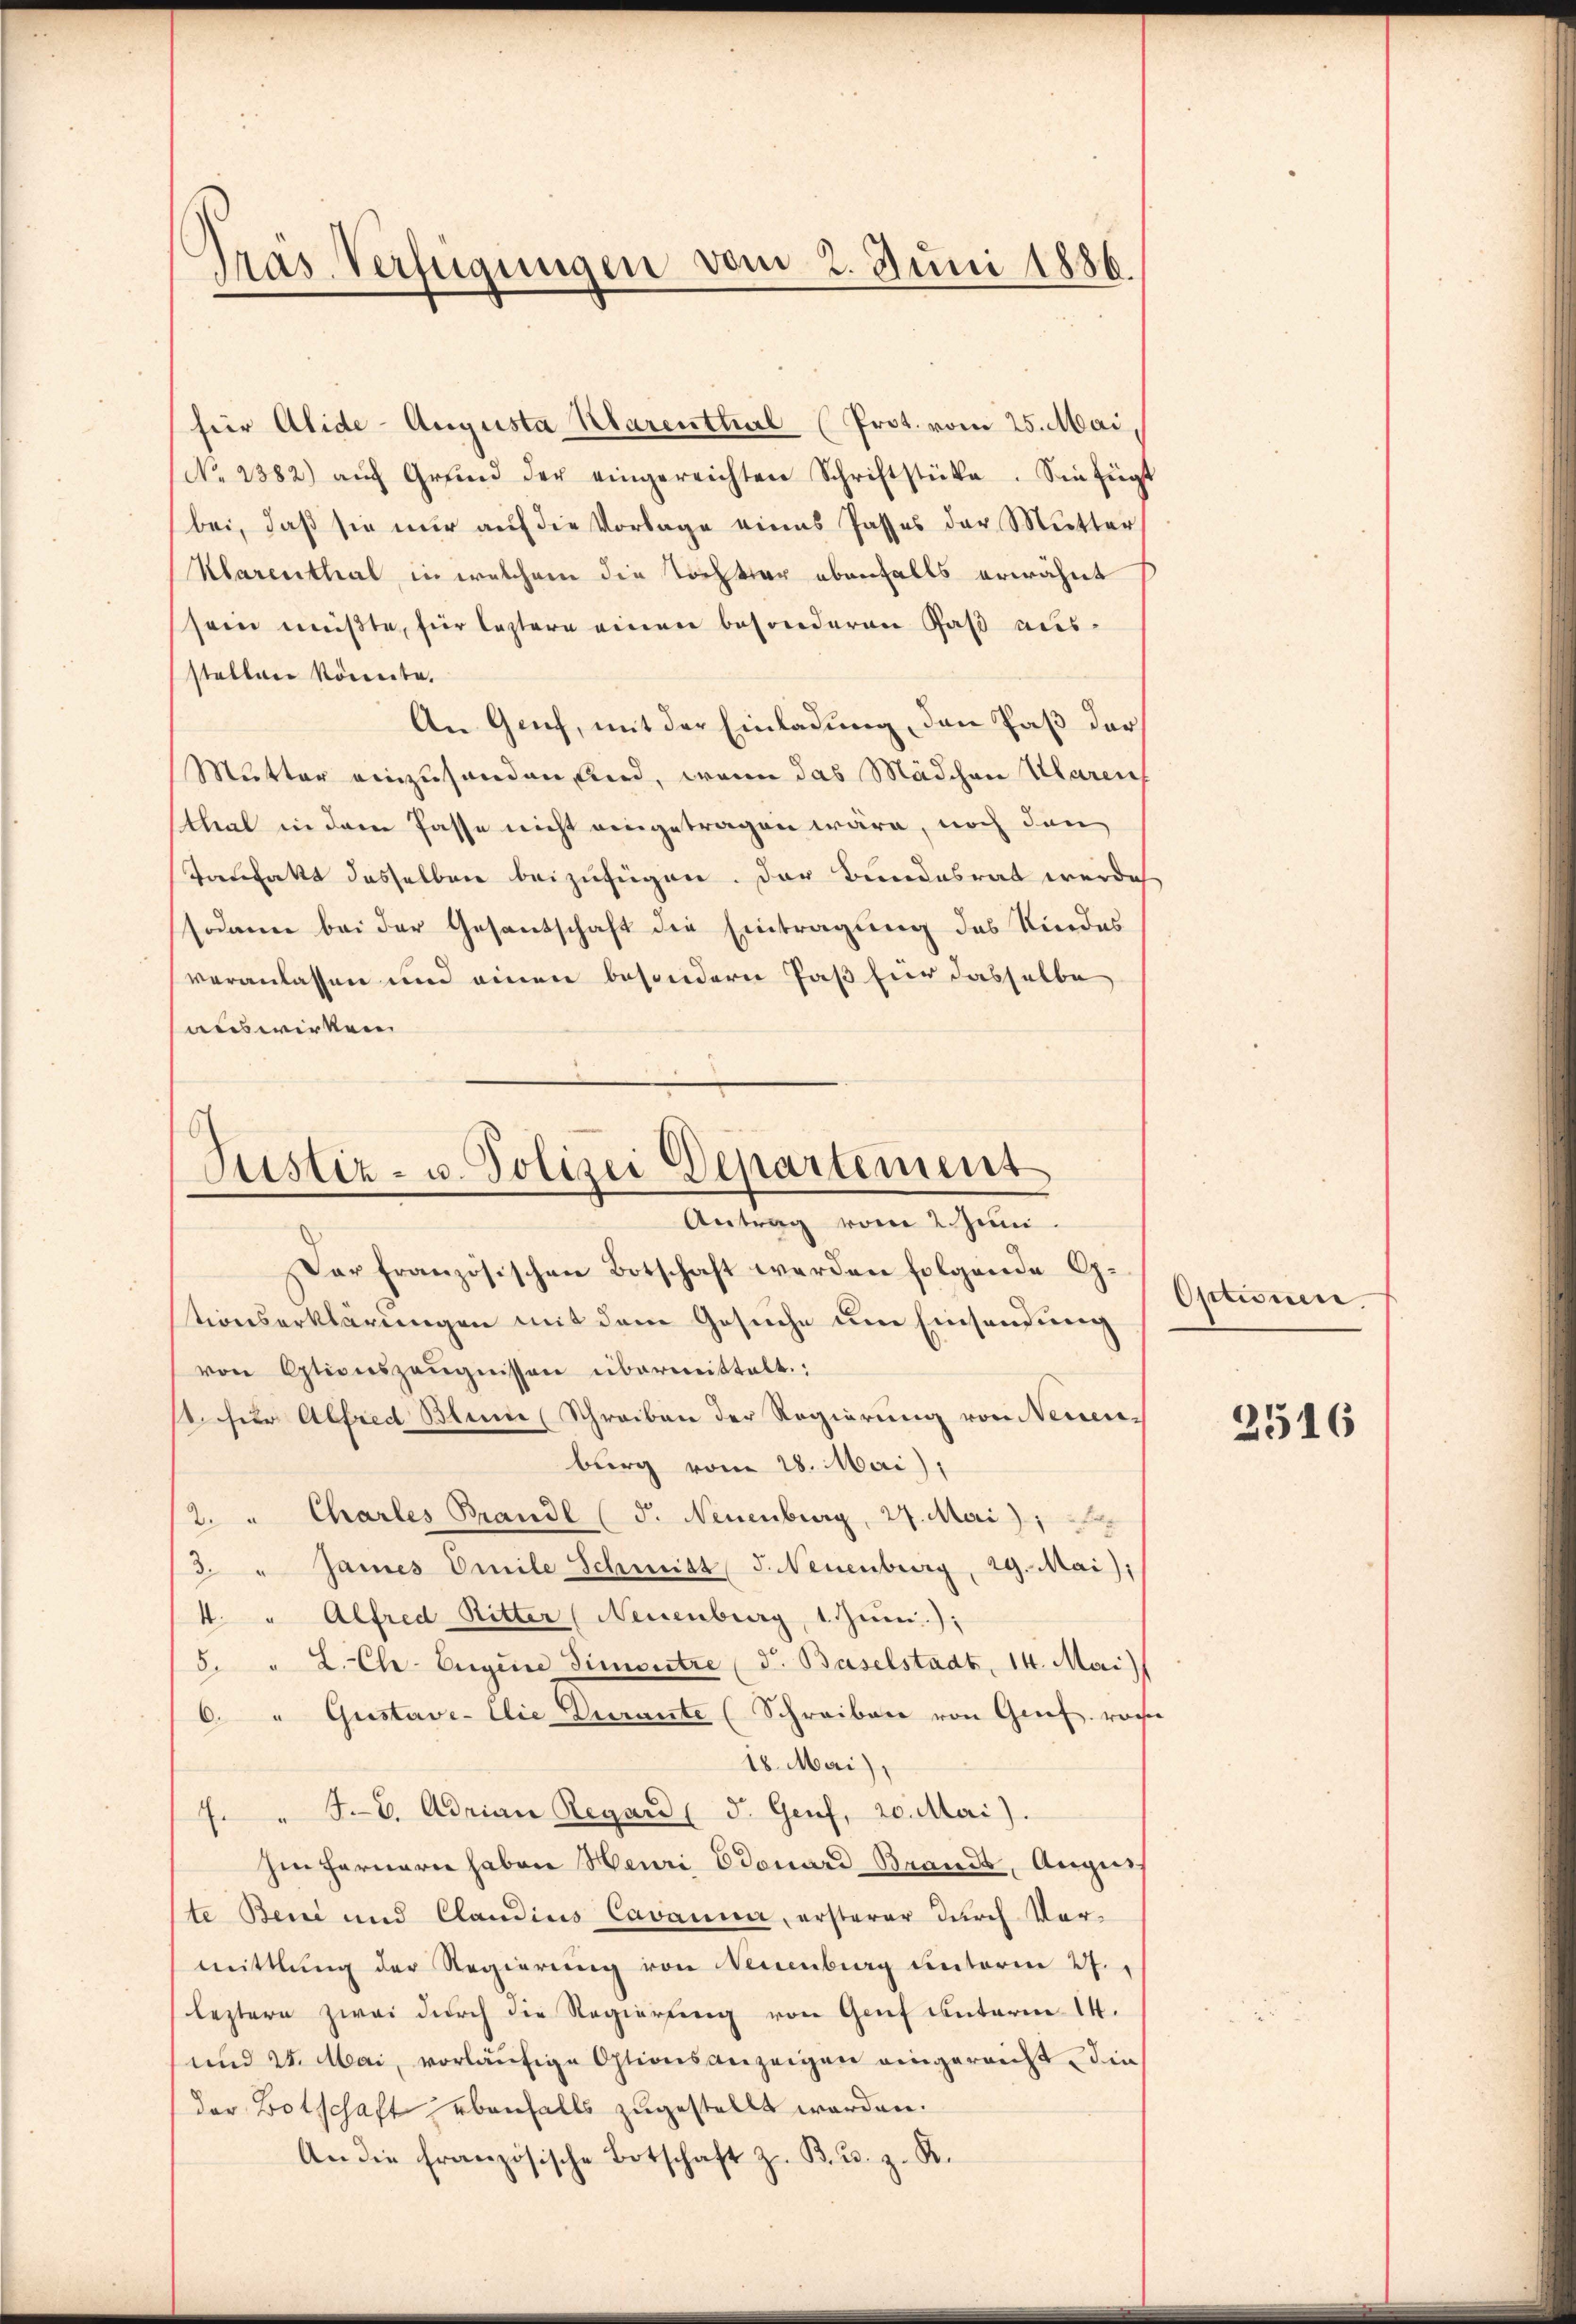
Pras Verfügungen vom 2. Juni 1886.

Justiz- u. Polizei Departement
e
etrag vom 2. Juni.
.

für Alide-Augusta Klarenthal (Prot. vom 25. Mai,
(No. 2382) aŭf Grund der eingereichten Schriftstücke. Sie fügt
bei, daß sie nur auf die Vorlage eines Passes der Mutter
Klarenthal, in welchem die Tochter ebenfalls erwähnt
sein müßte, für leztere einen besonderen Paß ausstellen könnte.
An Genf, mit der Einladung, den Paß der
Mutter einzuhanden, und, wenn das Mädchen Klaren
thal in dem Pässe nicht eingetragen wäre, noch den
Tofatt desselben beizufügen. Der Bundesrat werde
sodann bei der Gesantschaft die Eintragung des Kindes
veranlassen und einen besondern Paß für dasselbe
auswirken

Der französischen Botschaft werden folgende G.
tionserklärungen mit dem Gesuche um Einsendung
von Otionszeŭgnissen übermittelt.:
1. für Alfred Blume (Schreiben der Regierung von Neuen-
burg vom 28. Mai),
2. " Charles Brandl (d. Neuenburg, 27. Mai 18
3. " James Emile Schmitt J. Neuenburg, 29. Mai);
4. " Alfred Ritter (Neuenburg, 1. Juni.);
5. " L. Ch. Eugene Simontre (d. Baselstadt, 14. Mai
6. " Gustave-Elie Durante (Schreiben von Grief. roche
18. Mai),
7. " J.V. Adrian Regard (d. Genf, 20. Meri).
hin fernern haben Heuri Edouard Brands, Augus
te Beni und Claudius Cavanna, ersterer durch Vormittlung der Regierŭng von Neuenburg unterm 27.
leztern zwei durch die Regierung von Genf unterm 14.
und 24. Mai, vorläufige Optionsanzeigen eingereicht die
der Botschaft ebenfalls zugestellt werden.
An die französische Botschaft z. B. 2. z. R.

Optionn

2516